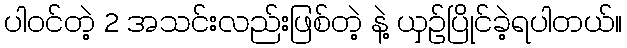
ပါဝင်တဲ့ 2 အသင်းလည်းဖြစ်တဲ့ နဲ့ ယှဥ်ပြိုင်ခဲ့ရပါတယ်။